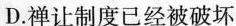
D.禅让制度已经被破坏